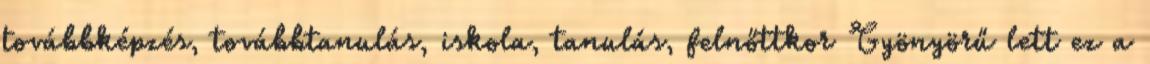
továbbképzés, továbbtanulás, iskola, tanulás, felnőttkor Gyönyörű lett ez a